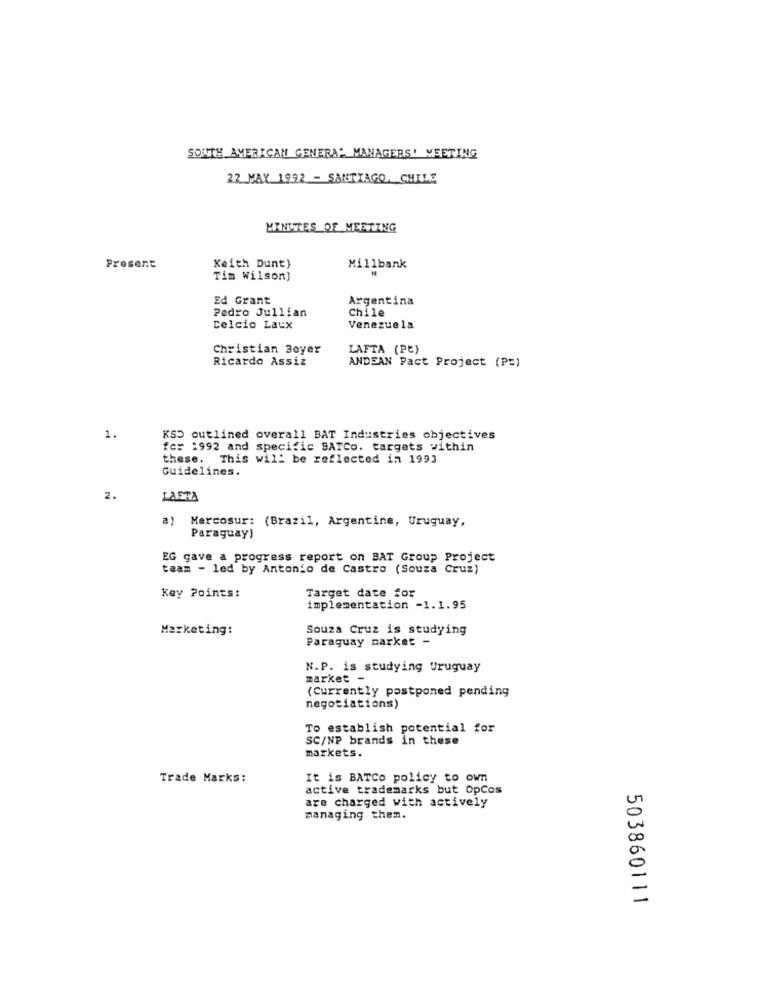
SOUTH AMERICAN GENERA: MANAGERS' MEETING
22 MAY 1992 - SANTIAGO, CHILE
MINUTES OF MEETING
Present
Keith Dunt)
Millbank
Tim Wilson)
Ed Grant
Argentina
Pedro Jullian
Chile
Celcio Laux
Venezuela
Christian Beyer
LAFTA (Pt)
Ricardo Assiz
ANDEAN Pact Project (P=)
1.
KSS outlined overall BAT Industries objectives
fc: 1992 and specific BATCo. targets within
these. This will be reflected in 1993
Guidelines.
2.
LAETA
a)
Mercosur: (Brazil, Argentine, Uruguay,
Paraguay)
EG gave a progress report on BAT Group Project
team - led by Antonio de Castro (Souza Cruz)
Key Points:
Target date for
implementation -1.1.95
Marketing:
Souza Cruz is studying
Paraguay parket -
N.P. is studying Uruguay
market -
(Currently postponed pending
negotiations)
To establish potential for
SC/NP brands in these
markets.
Trade Marks:
It is BATCO policy to own
active trademarks but OpCos
are charged with actively
managing them.
503860111